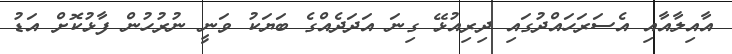
އާއިލާއާއި އެސަރަހައްދުގައި ދިރިއުޅޭ ގިނަ އަދަދެއްގެ ބަޔަކު ވަނީ ނުރުހުން ފާޅުކޮށް އަޑު